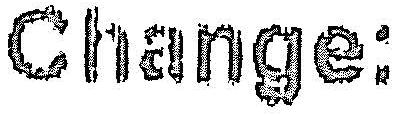
CHANGE: